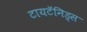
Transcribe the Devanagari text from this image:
टायटॅनिड्स